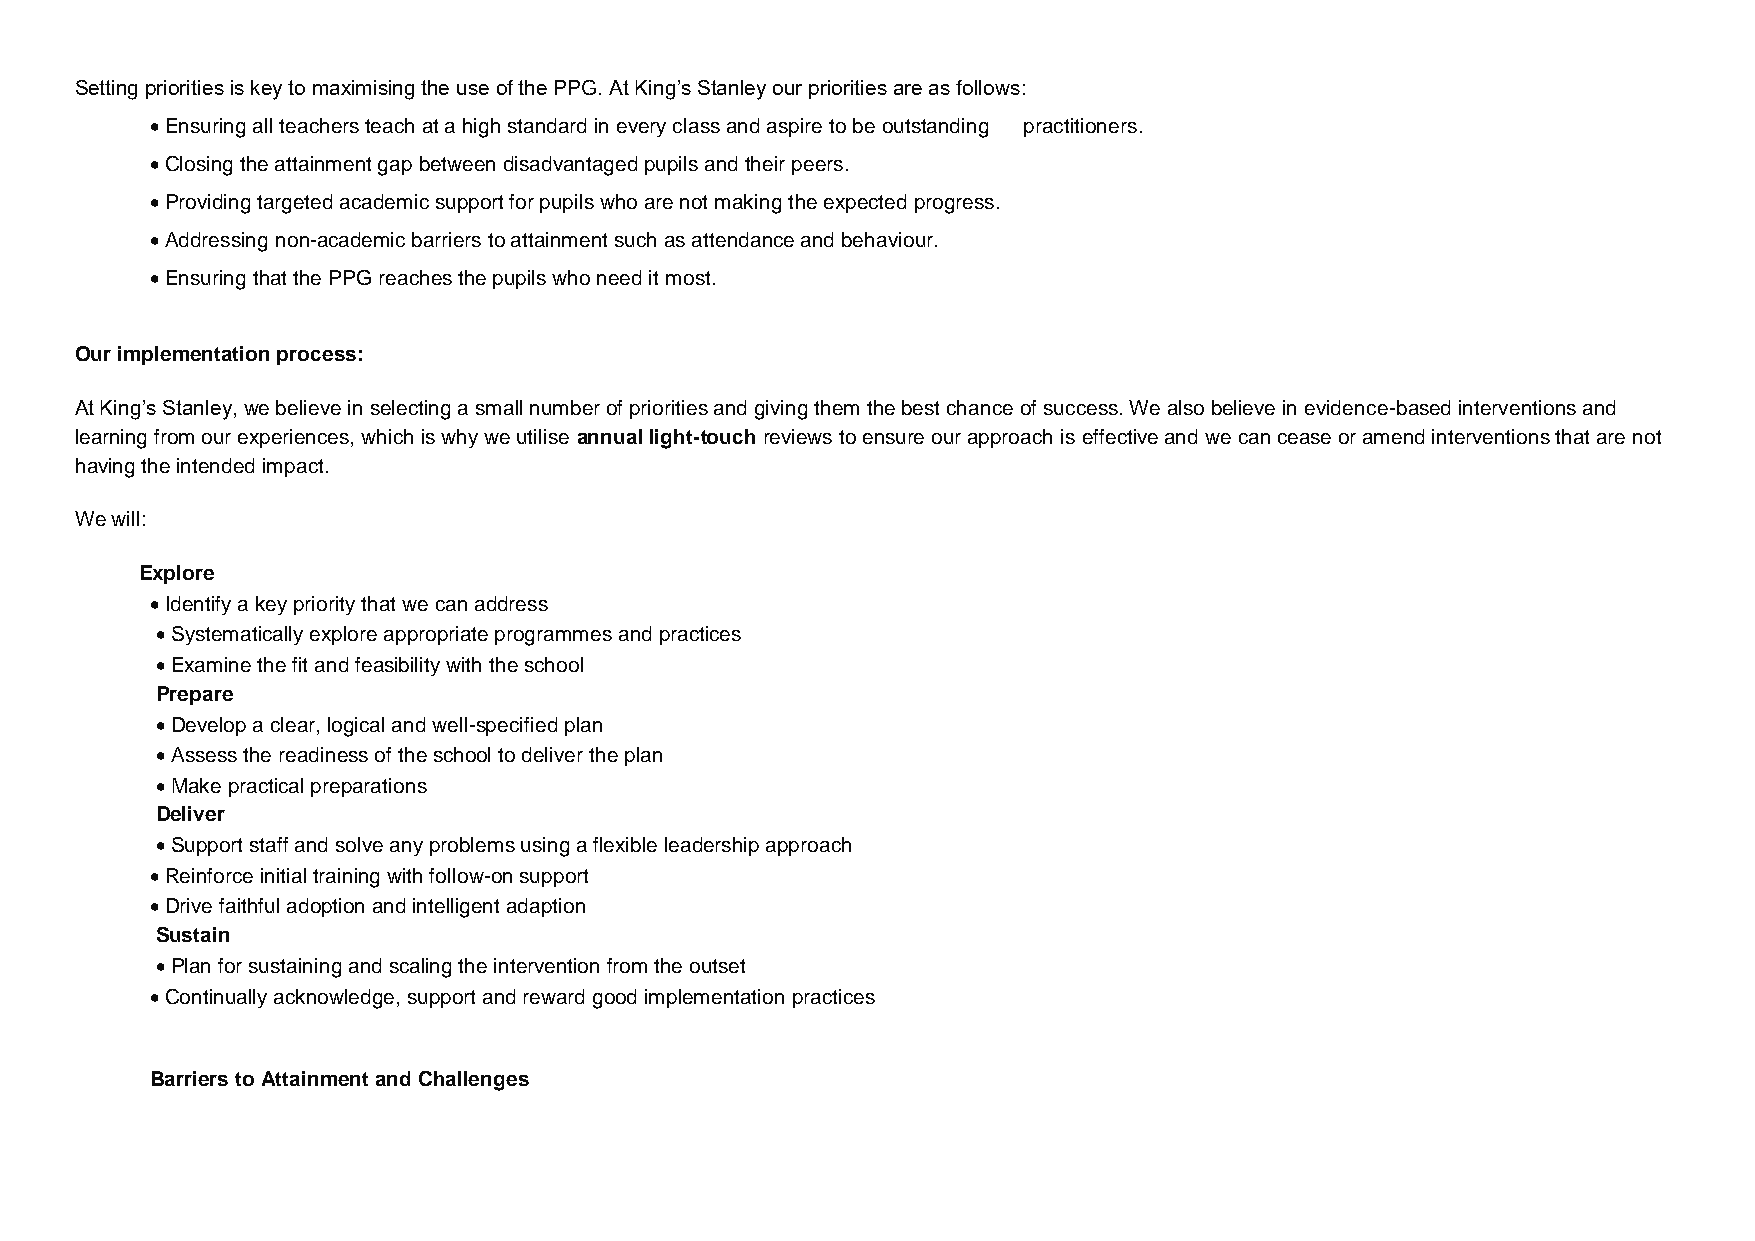
Setting priorities is key to maximising the use of the PPG. At King’s Stanley our priorities are as follows:
  Ensuring all teachers teach at a high standard in every class and aspire to be outstanding practitioners.
  Closing the attainment gap between disadvantaged pupils and their peers.
  Providing targeted academic support for pupils who are not making the expected progress.
  Addressing non-academic barriers to attainment such as attendance and behaviour.
  Ensuring that the PPG reaches the pupils who need it most.
 Our implementation process:
 At King’s Stanley, we believe in selecting a small number of priorities and giving them the best chance of success. We also believe in evidence-based interventions and
 learning from our experiences, which is why we utilise annual light-touch reviews to ensure our approach is effective and we can cease or amend interventions that are not
 having the intended impact.
 We will:
 Explore
  Identify a key priority that we can address
  Systematically explore appropriate programmes and practices
  Examine the fit and feasibility with the school
 Prepare
  Develop a clear, logical and well-specified plan
  Assess the readiness of the school to deliver the plan
  Make practical preparations
 Deliver
  Support staff and solve any problems using a flexible leadership approach
  Reinforce initial training with follow-on support
  Drive faithful adoption and intelligent adaption
 Sustain
  Plan for sustaining and scaling the intervention from the outset
  Continually acknowledge, support and reward good implementation practices
 Barriers to Attainment and Challenges